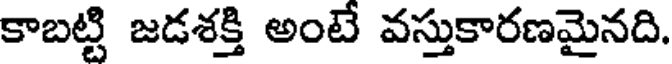
కాబట్టి జడశక్తి అంటే వస్తుకారణమైనది.